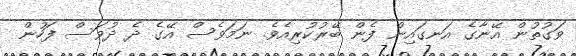
ވަގުތުން އޭނާގެ އަނގައިން ފެން ބޭރުކުރިއެވެ. ނަމަވެސް އޭގެ ދެ ދުވަސް ފަހުން